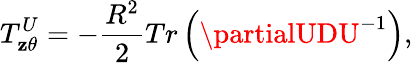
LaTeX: T_{\mathbf{z}\theta}^{U}=-\frac{{R^{2}}}{{2}}Tr\left(\partialUDU^{-1}\right),